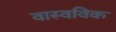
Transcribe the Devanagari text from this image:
वास्वविक